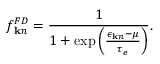
f _ { { \bf k } n } ^ { F D } = \frac { 1 } { 1 + \exp \left( \frac { \epsilon _ { { \bf k } n } - \mu } { \tau _ { e } } \right) } .